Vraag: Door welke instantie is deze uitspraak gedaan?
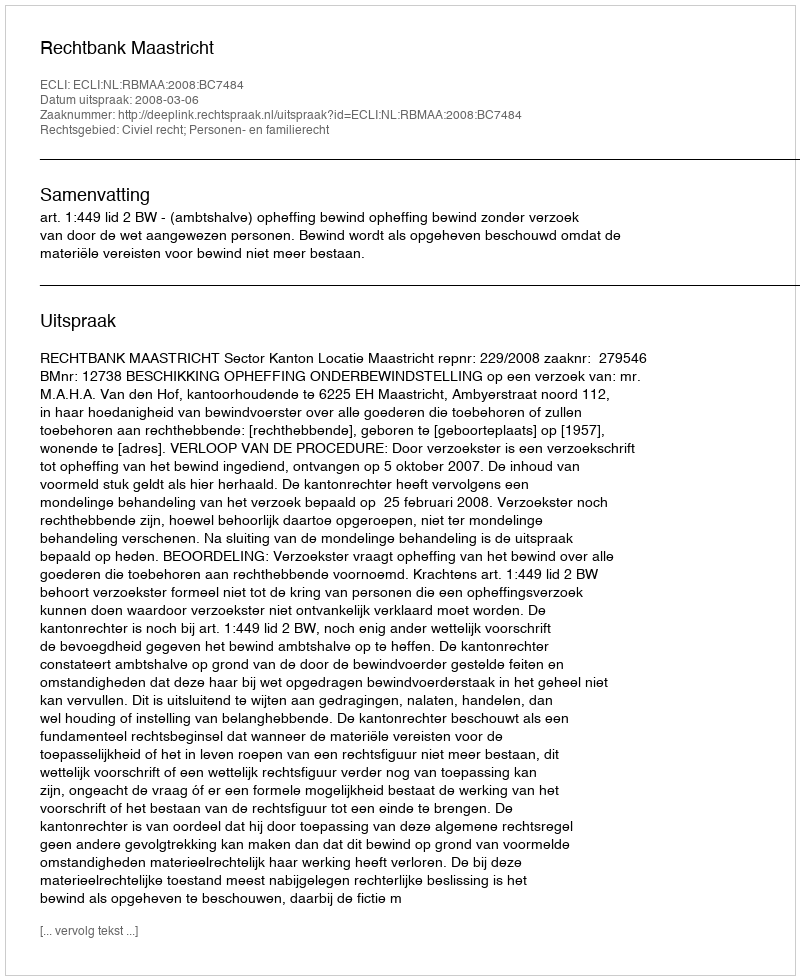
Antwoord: Rechtbank Maastricht